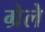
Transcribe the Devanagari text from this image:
ग्रेले